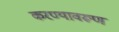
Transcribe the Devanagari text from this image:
करण्यावरूण